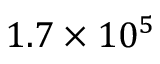
1 . 7 \times 1 0 ^ { 5 }